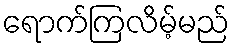
ရောက်ကြလိမ့်မည်